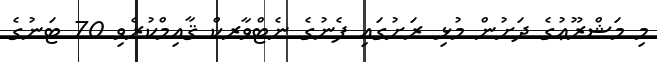
މި މަޝްރޫޢުގެ ދަށުން މުޅި ރަށުގައި ފެނުގެ ނެޓްވާރކް ޤާއިމްކުރެވި 70 ޓަނުގެ